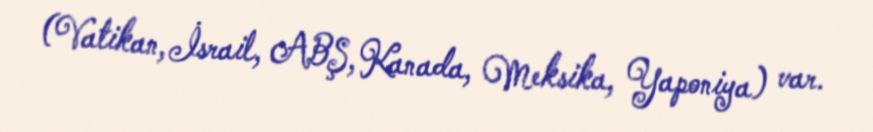
(Vatikan, İsrail, ABŞ, Kanada, Meksika, Yaponiya) var.